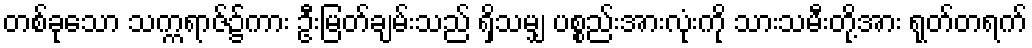
တစ်ခုသော သက္ကရာဇ်၌ကား ဦးမြတ်ချမ်းသည် ရှိသမျှ ပစ္စည်းအားလုံးကို သားသမီးတို့အား ရုတ်တရက်